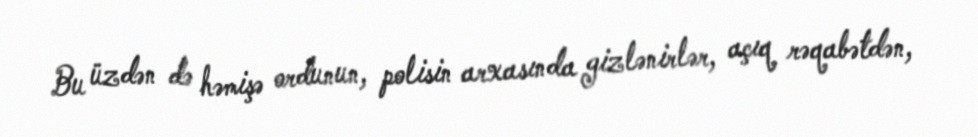
Bu üzdən də həmişə ordunun, polisin arxasında gizlənirlər, açıq rəqabətdən,